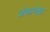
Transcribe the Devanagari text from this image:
अंकापेक्षा